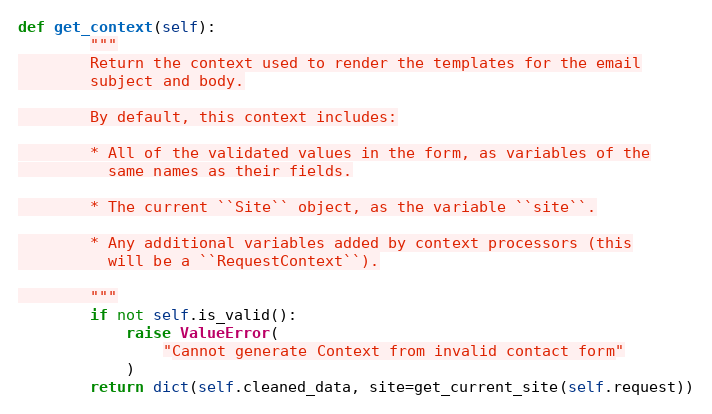
Language: Python
def get_context(self):
        """
        Return the context used to render the templates for the email
        subject and body.

        By default, this context includes:

        * All of the validated values in the form, as variables of the
          same names as their fields.

        * The current ``Site`` object, as the variable ``site``.

        * Any additional variables added by context processors (this
          will be a ``RequestContext``).

        """
        if not self.is_valid():
            raise ValueError(
                "Cannot generate Context from invalid contact form"
            )
        return dict(self.cleaned_data, site=get_current_site(self.request))